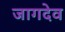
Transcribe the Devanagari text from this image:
जागदेव